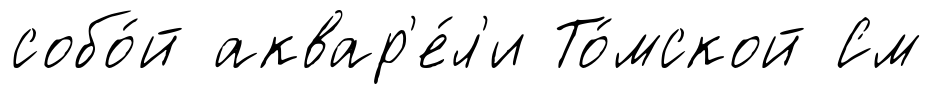
собо́й аквар'е́л'и То́мской См